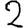
Digit: 2